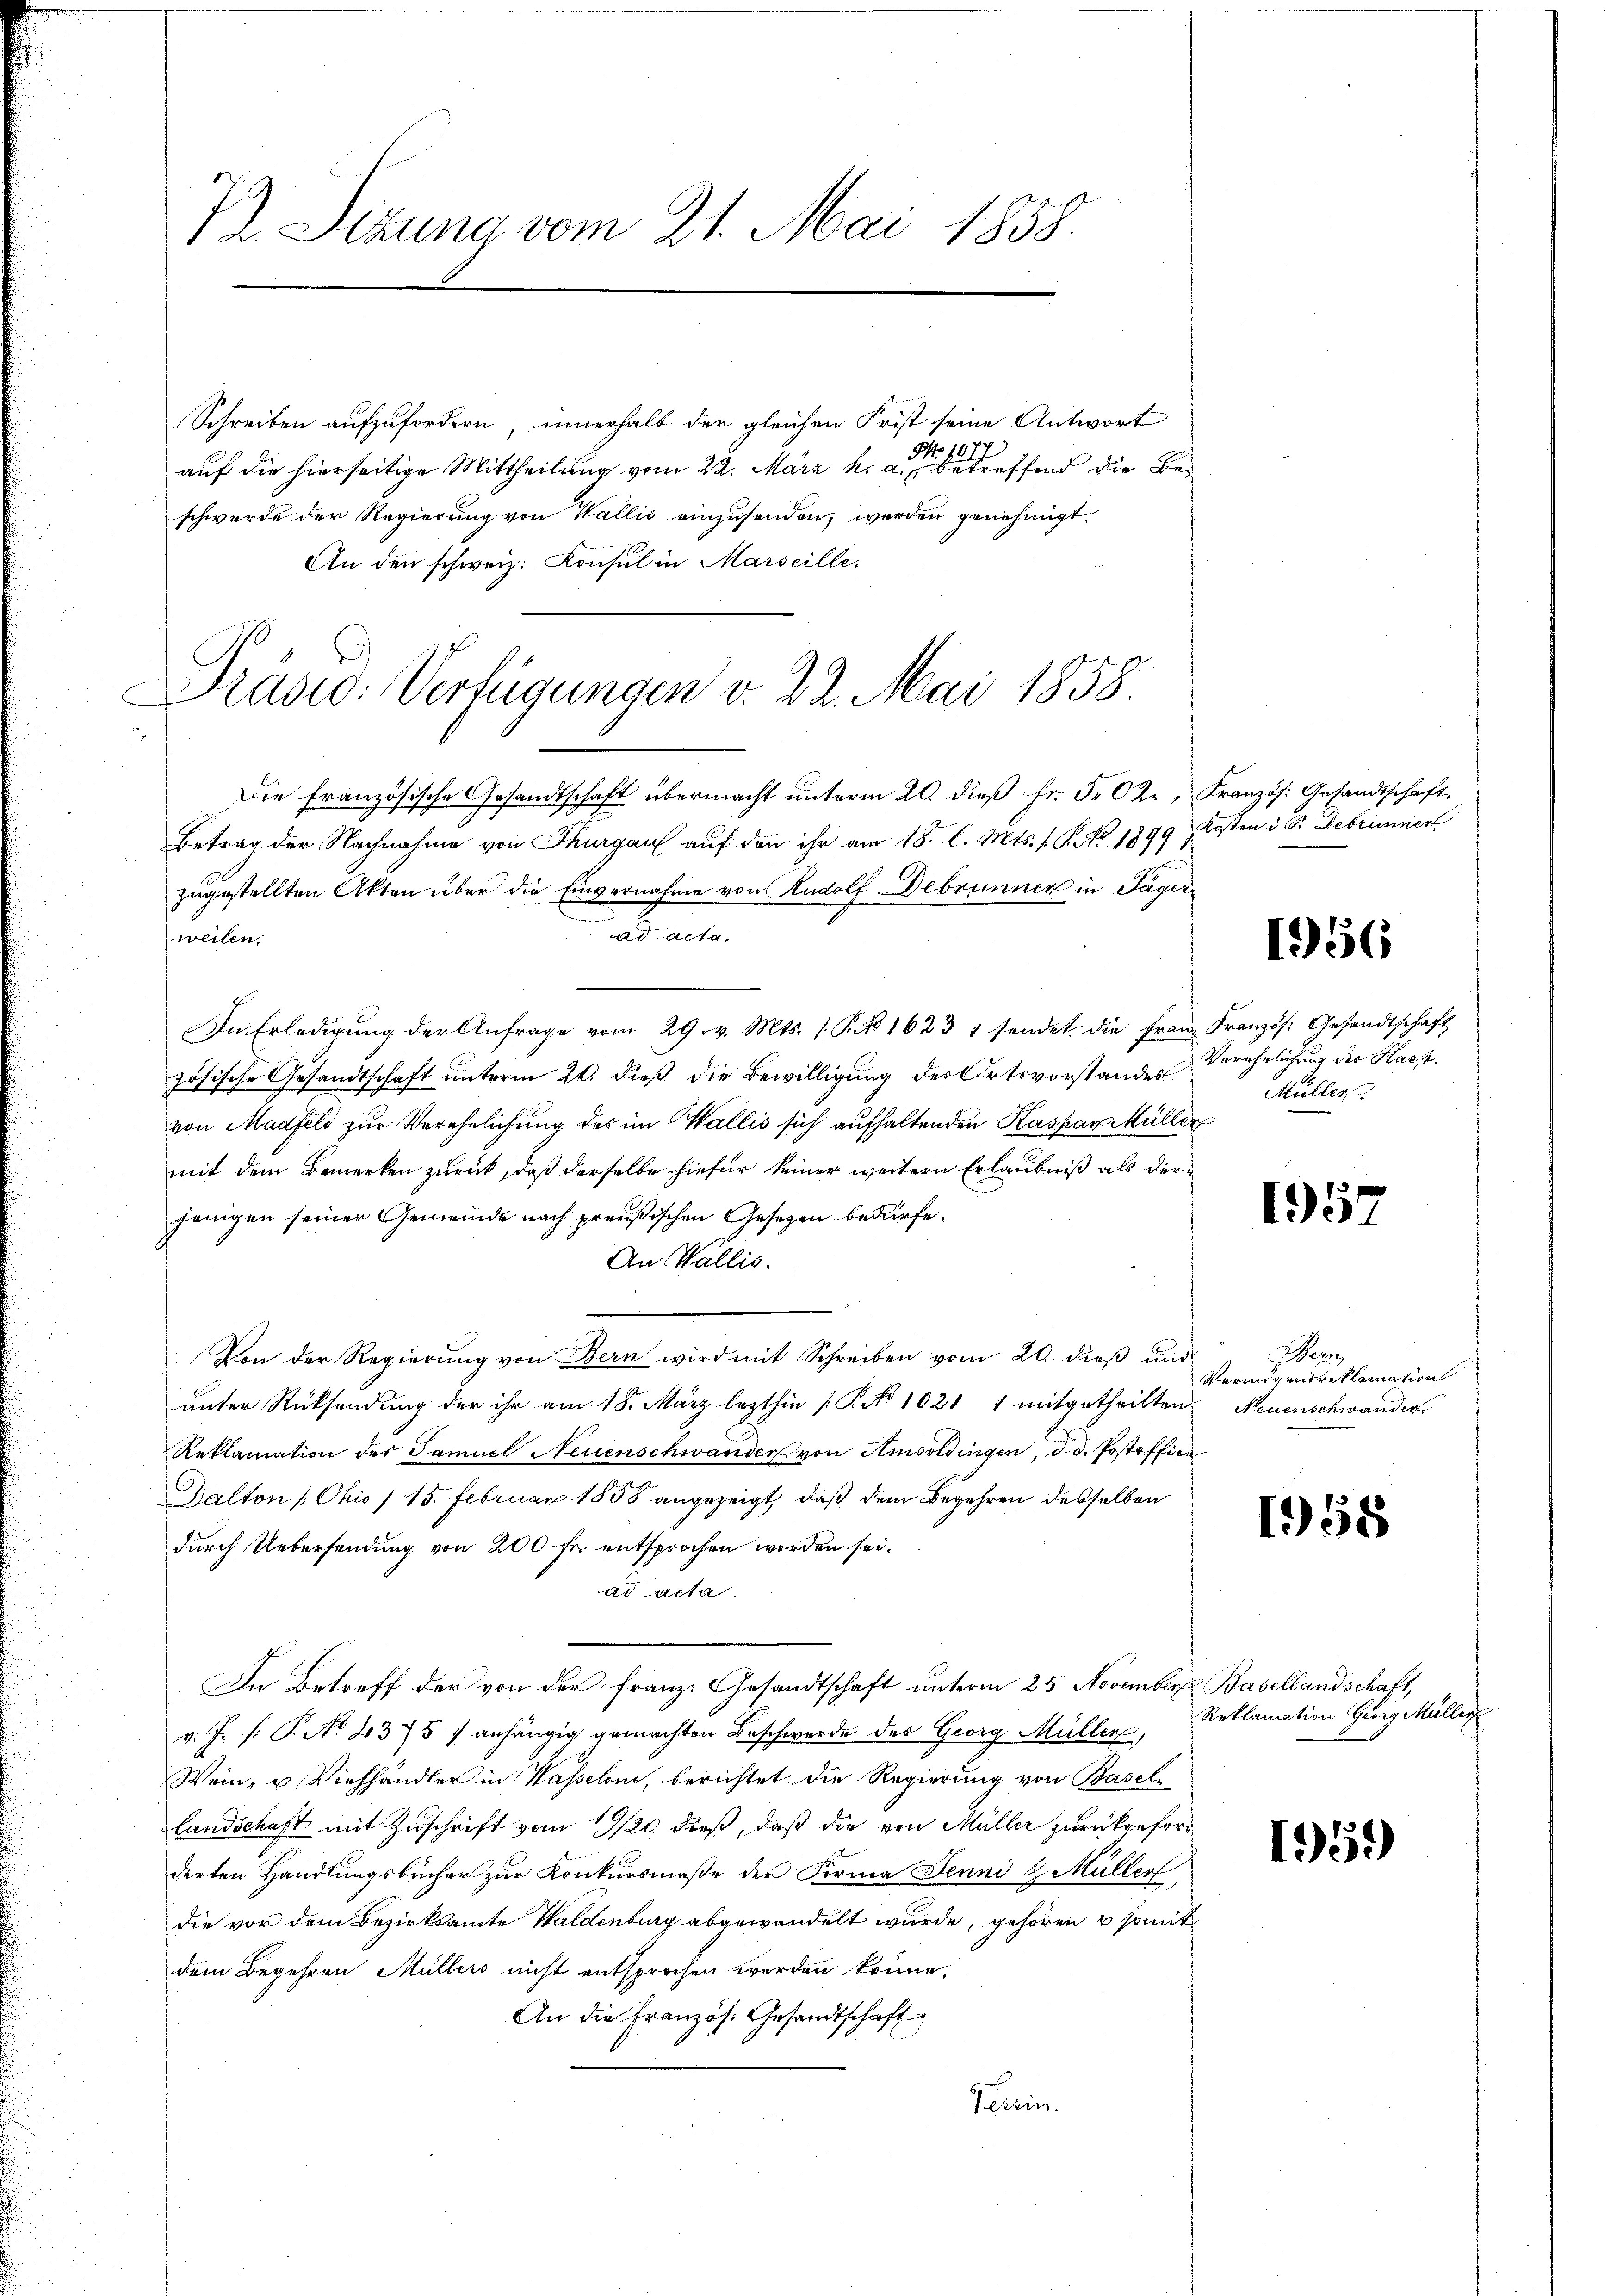
Pr. Sizung vom 21. Mai 1858.

Prasw. Verfügungen v. 22. Mai 1858

Schreiben aufzufordern, innerhalb der gleichen Frist seine Antwort
No 1077
auf die hierseitige Mittheilung vom 22. März h. a. betreffend die Beschwerde der Regierung von Wallis einzusenden, werden genehmigt.
An den schweiz. Konsul in Marseille,
Die französische Gesandtschaft übermacht unterm 20. dieß fr. 5. 62, Französ. Gesandtschaft.
Betrag der Nachnahme von Thurgau auf den ihr am 18. l. Mts. f. P. Nr. 1899,
zugestellten Akten über die Einvernahme von Rudolf Debrunner in Tager
ad acta.
weilen.
In Erledigŭng der Anfrage vom 29. v. Mts. s. § 1623 1 sendet die Frau Französ. Gesandtschaft
zösische Gesandtschaft unterm 20. dieß die Bewilligung des Ortsvorstandes
von Madfeld zur Verehelichung des im Wallis sich aufhaltenden Kaspar Müller
mit dem Bemerken zurück, daß derselbe hiefür keiner weitern Erlaubniß als derjenigen seiner Gemeinde nach preußischen Gesetzen bedürfe.
An Wallis.
n
Von der Regierung von Bern wird mit Schreiben vom 20. dieß und
unter Rücksendung der ihr am 18. März lezthin /: P. No 1021 1 mitgetheilten Neuenschwander
Reklamation des Samuel Neuenschwander von Amsoldingen, d. d. Postoffici
Dalton /Chio / 15. Februar 1858 angezeigt, daß dem Begehren desselben
durch Uebersendung von 200 fr entsprochen worden sei.
ad acta
In Betreff der von der Franz. Gesandtschaft unterm 25. November Basellandschaft,
v. J. P. P. No. 4375 7 anhängig gemachten Beschwerde des Georg Müller,
Wein, u. Viehhändler in Wasseln, berichtet die Regierung von Basellandschaft mit Zuschrift vom 19/20. dieß, daß die von Müller zurückgeforg
derten Handlungsbücher zur Konkursmaße der Firma Jenni & Müller,
die vor dem Bezirksamte Waldenburg abgewandelt wurde, gehören & somit
dem Begehren Müllers nicht entsprochen worden könne,
An die Französ. Gesandtschaft
Verein.

Kosten i. Sr. Debrunnert

156

Verehrlichung der Kasp.
Müller

11

e
Vermögensreklamation

1958

Reklamation Georg Müller

1959